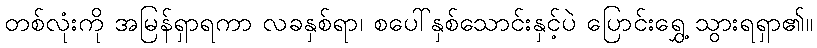
တစ်လုံးကို အမြန်ရှာရကာ လခနှစ်ရာ၊ စပေါ်နှစ်သောင်းနှင့်ပဲ ပြောင်းရွှေ့ သွားရရှာ၏။